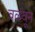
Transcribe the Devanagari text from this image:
वळंवून